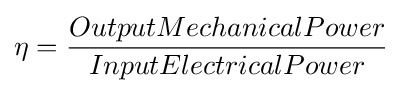
\eta ={\frac {OutputMechanicalPower}{InputElectricalPower}}